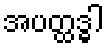
အပတ္ထဒ္ဓါ